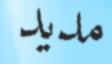
مديد